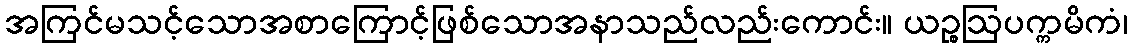
အကြင်မသင့်သောအစာကြောင့်ဖြစ်သောအနာသည်လည်းကောင်း။ ယဉ္စဩပက္ကမိကံ၊